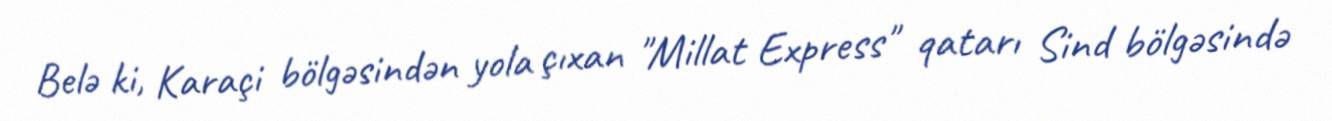
Belə ki, Karaçi bölgəsindən yola çıxan "Millat Express" qatarı Sind bölgəsində